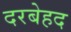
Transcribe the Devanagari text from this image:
दरबेहद